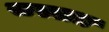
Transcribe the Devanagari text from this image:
सस्सत्र